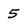
Character: 5